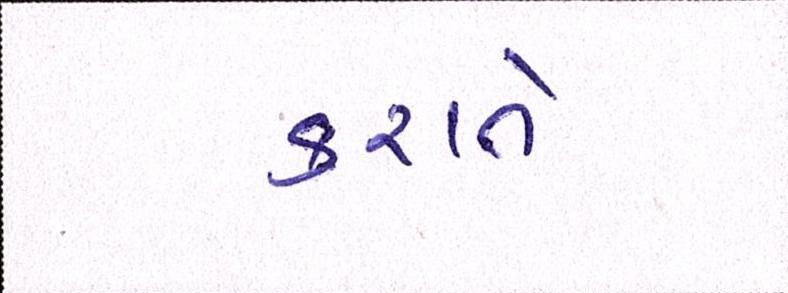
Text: કરાતો